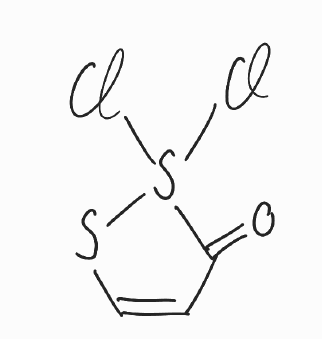
Simplified molecular-input line-entry system (SMILES) notation of the given molecule:
C1=CSS(C1=O)(Cl)Cl